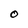
Character: O